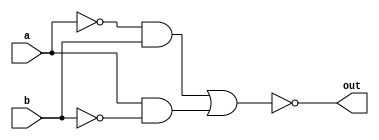
module xnor_gate(a, b, out);

    input a;
    input b;
    output out;

    assign out = ~((~a && b) || (a && ~b));

endmodule